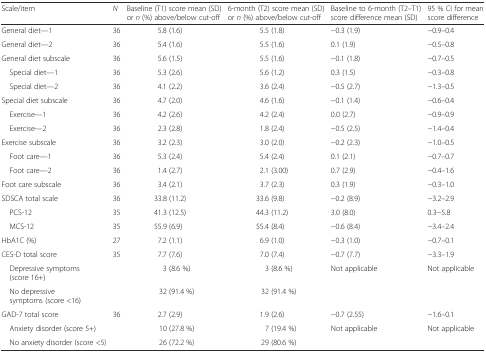
<table><thead><tr><td><b>Scale/item</b></td><td><b><i>N</i></b></td><td><b>Baseline (T1) score mean (SD) or <i>n</i> (%) above/below cut-off</b></td><td><b>6-month (T2) score mean (SD) or <i>n</i> (%) above/below cut-off</b></td><td><b>Baseline to 6-month (T2–T1) score difference mean (SD)</b></td><td><b>95 % CI for mean score difference</b></td></tr></thead><tbody><tr><td>General diet—1</td><td>36</td><td>5.8 (1.6)</td><td>5.5 (1.8)</td><td>−0.3 (1.9)</td><td>−0.9–0.4</td></tr><tr><td>General diet—2</td><td>36</td><td>5.4 (1.6)</td><td>5.5 (1.6)</td><td>0.1 (1.9)</td><td>−0.5–0.8</td></tr><tr><td>General diet subscale</td><td>36</td><td>5.6 (1.5)</td><td>5.5 (1.6)</td><td>−0.1 (1.8)</td><td>−0.7–0.5</td></tr><tr><td> Special diet—1</td><td>36</td><td>5.3 (2.6)</td><td>5.6 (1.2)</td><td>0.3 (1.5)</td><td>−0.3–0.8</td></tr><tr><td> Special diet—2</td><td>36</td><td>4.1 (2.2)</td><td>3.6 (2.4)</td><td>−0.5 (2.7)</td><td>−1.3–0.5</td></tr><tr><td>Special diet subscale</td><td>36</td><td>4.7 (2.0)</td><td>4.6 (1.6)</td><td>−0.1 (1.4)</td><td>−0.6–0.4</td></tr><tr><td> Exercise—1</td><td>36</td><td>4.2 (2.6)</td><td>4.2 (2.4)</td><td>0.0 (2.7)</td><td>−0.9–0.9</td></tr><tr><td> Exercise—2</td><td>36</td><td>2.3 (2.8)</td><td>1.8 (2.4)</td><td>−0.5 (2.5)</td><td>−1.4–0.4</td></tr><tr><td>Exercise subscale</td><td>36</td><td>3.2 (2.3)</td><td>3.0 (2.0)</td><td>−0.2 (2.3)</td><td>−1.0–0.5</td></tr><tr><td> Foot care—1</td><td>36</td><td>5.3 (2.4)</td><td>5.4 (2.4)</td><td>0.1 (2.1)</td><td>−0.7–0.7</td></tr><tr><td> Foot care—2</td><td>36</td><td>1.4 (2.7)</td><td>2.1 (3.00)</td><td>0.7 (2.9)</td><td>−0.4–1.6</td></tr><tr><td>Foot care subscale</td><td>36</td><td>3.4 (2.1)</td><td>3.7 (2.3)</td><td>0.3 (1.9)</td><td>−0.3–1.0</td></tr><tr><td>SDSCA total scale</td><td>36</td><td>33.8 (11.2)</td><td>33.6 (9.8)</td><td>−0.2 (8.9)</td><td>−3.2–2.9</td></tr><tr><td> PCS-12</td><td>35</td><td>41.3 (12.5)</td><td>44.3 (11.2)</td><td>3.0 (8.0)</td><td>0.3−5.8</td></tr><tr><td> MCS-12</td><td>35</td><td>55.9 (6.9)</td><td>55.4 (8.4)</td><td>−0.6 (8.4)</td><td>−3.4–2.4</td></tr><tr><td>HbA1C (%)</td><td>27</td><td>7.2 (1.1)</td><td>6.9 (1.0)</td><td>−0.3 (1.0)</td><td>−0.7–0.1</td></tr><tr><td>CES-D total score</td><td>35</td><td>7.7 (7.6)</td><td>7.0 (7.4)</td><td>−0.7 (7.7)</td><td>−3.3–1.9</td></tr><tr><td> Depressive symptoms (score 16+)</td><td></td><td>3 (8.6 %)</td><td>3 (8.6 %)</td><td rowspan="2">Not applicable</td><td rowspan="2">Not applicable</td></tr><tr><td> No depressive symptoms (score &lt;16)</td><td></td><td>32 (91.4 %)</td><td>32 (91.4 %)</td></tr><tr><td>GAD-7 total score</td><td>36</td><td>2.7 (2.9)</td><td>1.9 (2.6)</td><td>−0.7 (2.55)</td><td>−1.6–0.1</td></tr><tr><td> Anxiety disorder (score 5+)</td><td></td><td>10 (27.8 %)</td><td>7 (19.4 %)</td><td rowspan="2">Not applicable</td><td rowspan="2">Not applicable</td></tr><tr><td> No anxiety disorder (score &lt;5)</td><td></td><td>26 (72.2 %)</td><td>29 (80.6 %)</td></tr></tbody></table>